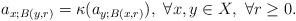
LaTeX: \begin{align*} a_{x;B(y,r)} = \kappa(a_{y;B(x,r)}),\ \forall x,y\in X,\ \forall r\ge 0.\end{align*}